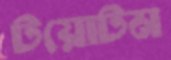
টয়োটম